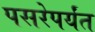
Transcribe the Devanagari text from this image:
पसरेपर्यंत